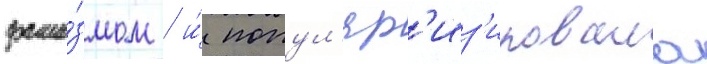
фаши́змом / и́ попул'яр'из'ировала